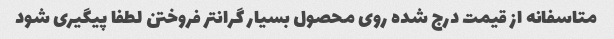
متاسفانه از قیمت درج شده روی محصول بسیار گرانتر فروختن لطفا پیگیری شود